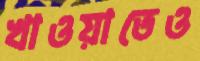
খাওয়াতেও